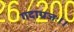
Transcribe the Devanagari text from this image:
गदाग्रजः।।